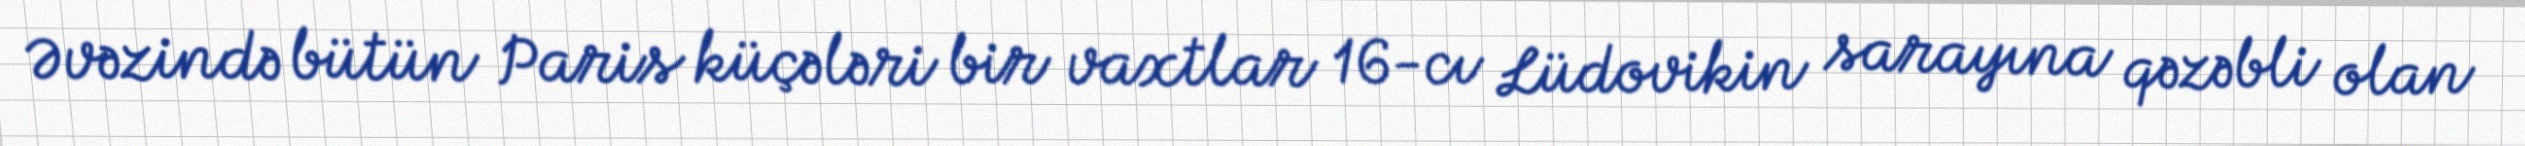
Əvəzində bütün Paris küçələri bir vaxtlar 16-cı Lüdovikin sarayına qəzəbli olan